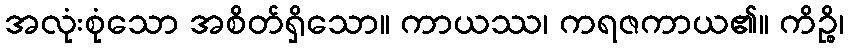
အလုံးစုံသော အစိတ်ရှိသော။ ကာယဿ၊ ကရဇကာယ၏။ ကိဉ္စိ၊